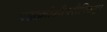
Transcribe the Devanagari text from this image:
पञ्चक्रोशीपरीमितम्।